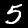
Label: 5